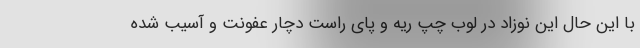
با این حال این نوزاد در لوب چپ ریه و پای راست دچار عفونت و آسیب شده